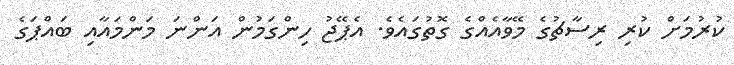
ކުރުމަށް ކުރި ރިސާޗުގެ މޭވާއެއްގެ ގޮތުގައެވެ. އެޕޭޖު ހިންގަމުން އަންނަ މަންމައާއި ބައްޕަގެ